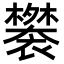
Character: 𬡲